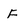
Character: f